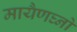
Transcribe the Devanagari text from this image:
मायैणघ्नो